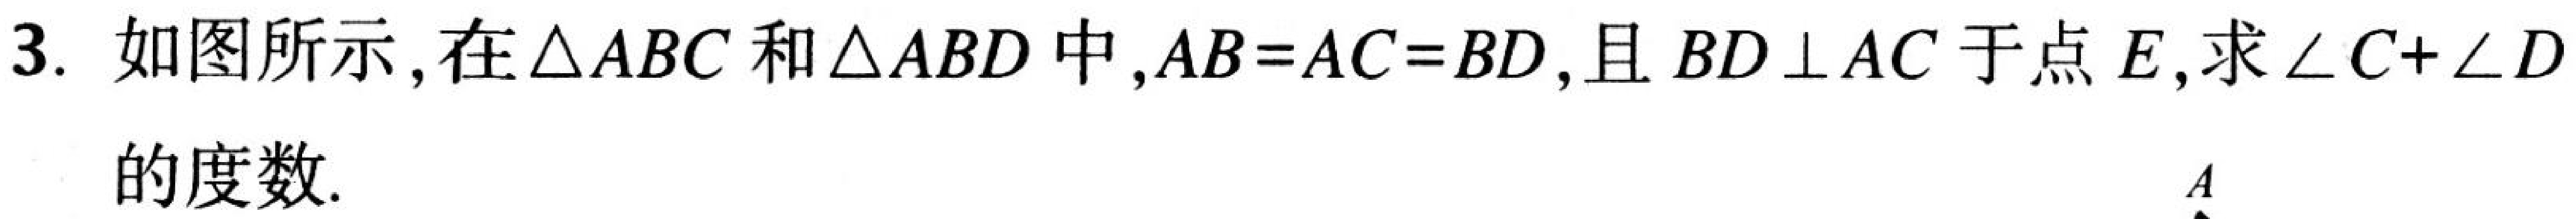
3. 如图所示，在\(\triangle ABC\)和\(\triangle ABD\)中，\(AB = AC = BD\)，且\(BD\perp AC\)于点\(E\)，求\(\angle C+\angle D\)的度数.